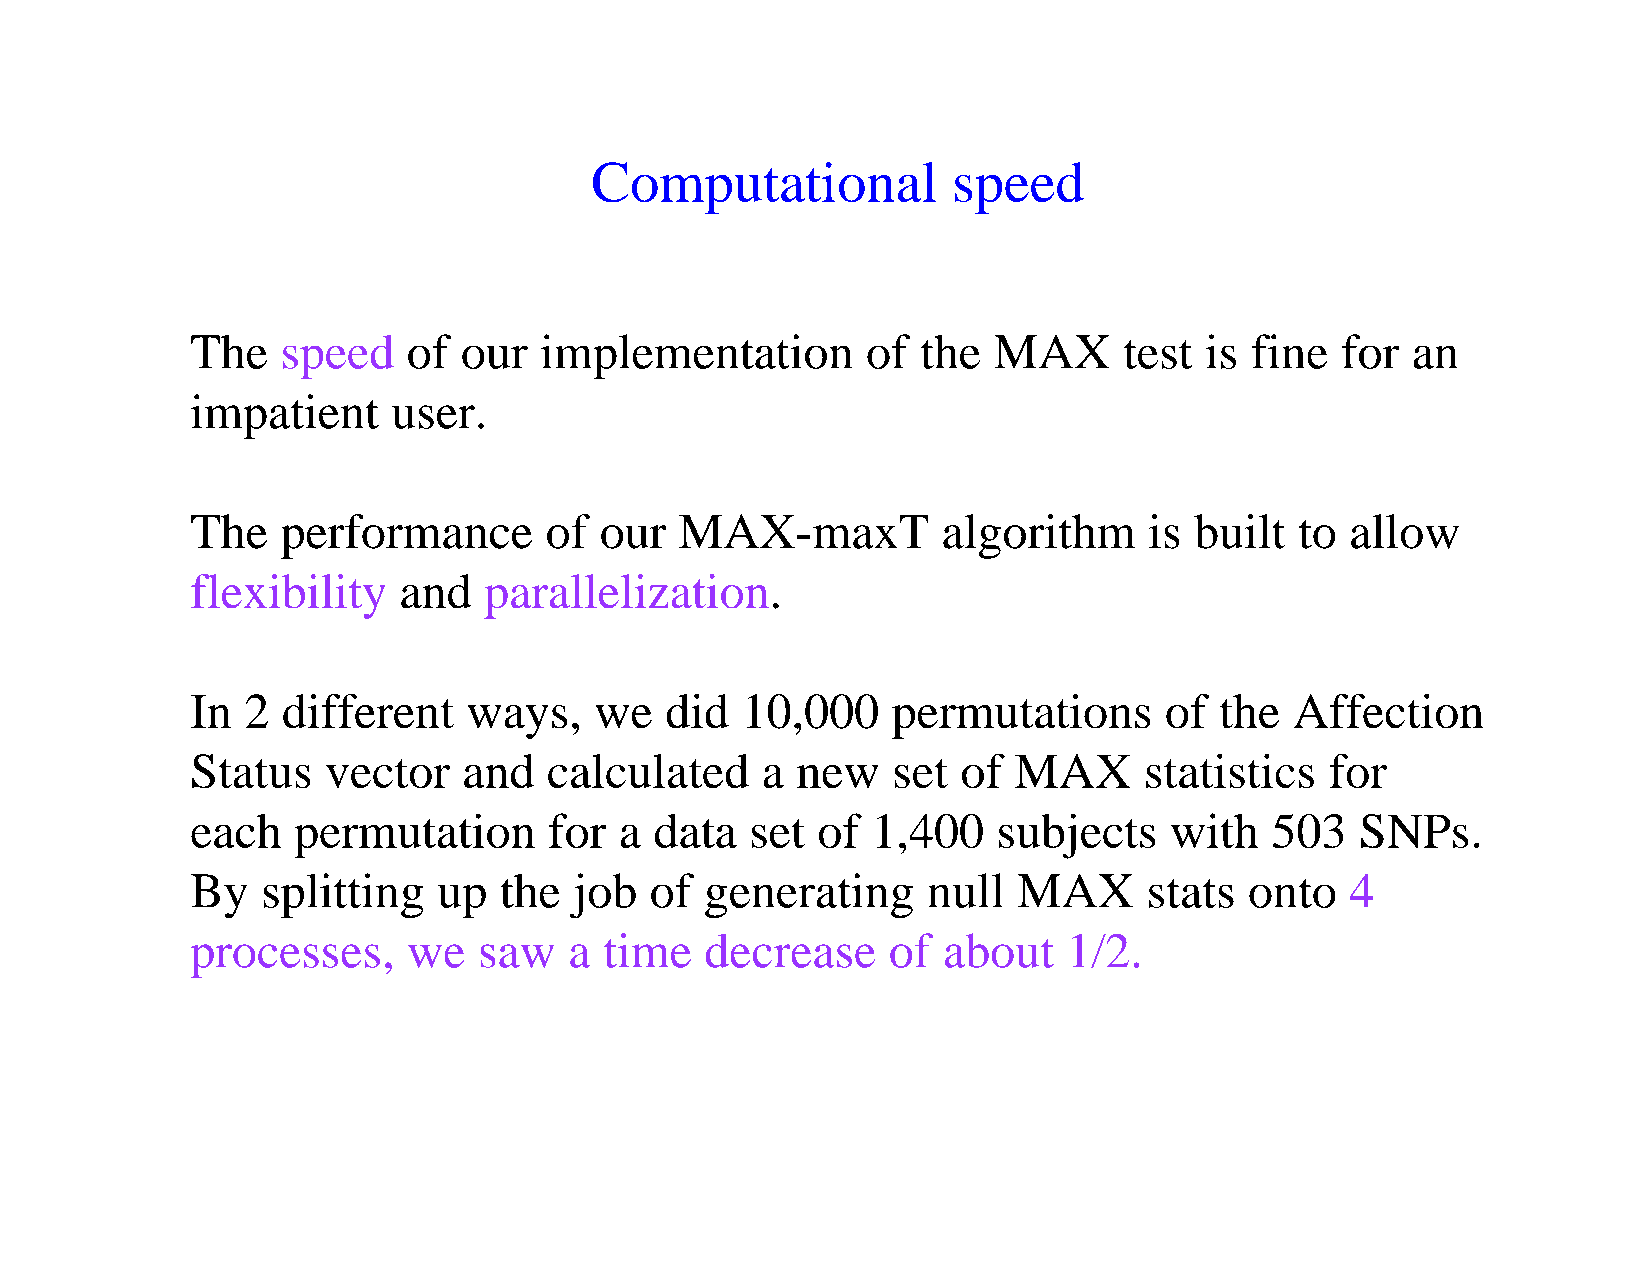
Computational           speed
 The   speed   of our   implementation       of  the  MAX     test  is fine  for an
 impatient    user.
 The   performance      of  our  MAX-maxT         algorithm     is built  to allow
 flexibility  and   parallelization.
 In 2  different   ways,   we   did  10,000    permutations      of  the  Affection
 Status   vector   and  calculated    a  new   set  of MAX      statistics  for
 each  permutation      for  a data   set of  1,400   subjects   with   503   SNPs.
 By  splitting   up  the  job  of  generating    null  MAX      stats  onto  4
 processes,    we   saw   a time   decrease    of about    1/2.